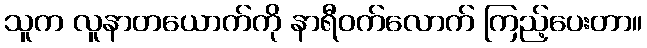
သူက လူနာတယောက်ကို နာရီဝက်လောက် ကြည့်ပေးတာ။